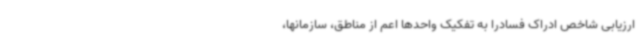
ارزیابی شاخص ادراک فسادرا به تفکیک واحدها اعم از مناطق، سازمانها،